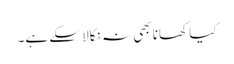
کیا کھانا بھی نہ نکالا سکے ہے۔